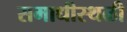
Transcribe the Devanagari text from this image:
समाधीस्थळी